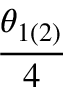
\frac { \theta _ { 1 ( 2 ) } } { 4 }